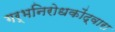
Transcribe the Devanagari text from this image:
गर्भनिरोधकोंद्वारा